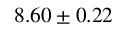
8 . 6 0 \pm 0 . 2 2